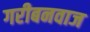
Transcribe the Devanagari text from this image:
गरीबनवाज